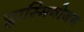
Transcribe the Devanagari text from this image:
प्लास्मिनोजन